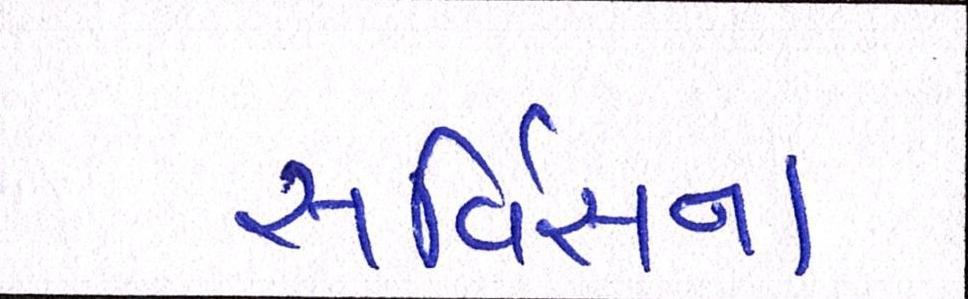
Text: સર્વિસના